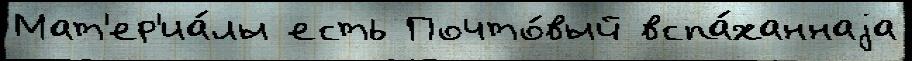
Мат'ер'иа́лы есть Почто́вый вспа́ханнаjа